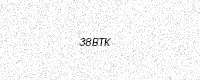
Text: 38BTK